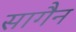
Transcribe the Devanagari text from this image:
सागैन